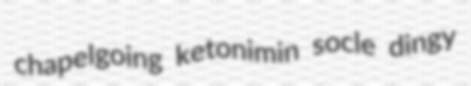
chapelgoing ketonimin socle dingy